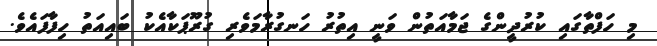
މި ހަފްތާގައި ކުރުދީންގެ ޖަމާއަތުން ވަނީ އިތުރު ހަނގުރާމަވެރި ގުރޫޕަކާއެކު ބައިއަތު ހިފާފައެވެ.